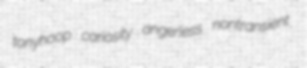
tonyhoop cariosity angerless nontransient